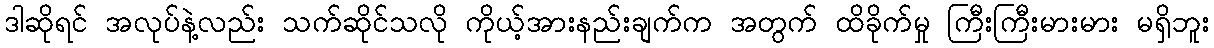
ဒါဆိုရင် အလုပ်နဲ့လည်း သက်ဆိုင်သလို ကိုယ့်အားနည်းချက်က အတွက် ထိခိုက်မှု ကြီးကြီးမားမား မရှိဘူး